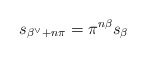
\begin{align*} s_{\beta^\vee + n \pi}= \pi^{n\beta}s_{\beta}\end{align*}